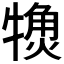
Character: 𬌨